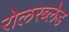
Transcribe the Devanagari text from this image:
रोलरब्लेड